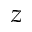
z